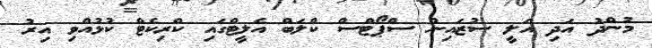
މުންދު އަދި އަލީ ސުޒައިން ސްޕޯޓްސް ކްލަބް އެލީޓްގައި ކްރިކެޓް ކުޅުއްވި އިރު